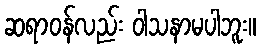
ဆရာဝန်လည်း ဝါသနာမပါဘူး။